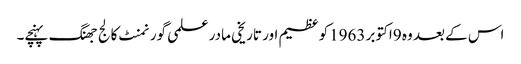
اس کے بعد وہ 9اکتوبر 1963کو عظیم اور تاریخی مادر علمی گورنمنٹ کالج جھنگ پہنچے۔